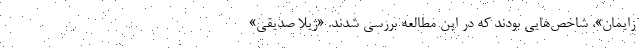
زایمان»، شاخص‌هایی بودند که در این مطالعه بررسی شدند. «ژیلا صدیقی»